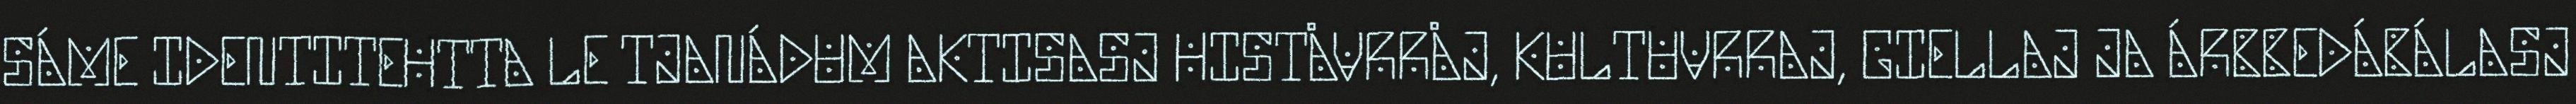
SÁME IDENTITEHTTA LE TJANÁDUM AKTISASJ HISTÅVRRÅJ, KULTUVRRAJ, GIELLAJ JA ÁRBBEDÁBÁLASJ